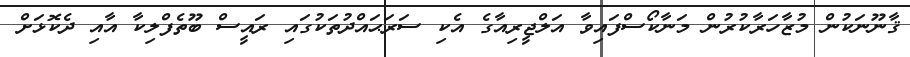
ޤާނޫނަކުން މުޒާހަރާކުރުން މަނާކޯސްފައިވާ އަލްޖީރިއާގެ އެކި ސަރަޙައްދުތަކުގައި ރައީސް ބޫތެފްލިކާ އާއި ދެކޮޅަށް